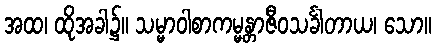
အထ၊ ထိုအခါ၌။ သမ္မာဝါစာကမ္မန္တာဇီဝသင်္ခါတာယ၊ သော။